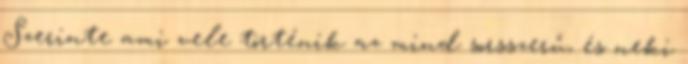
Szerinte ami vele történik az mind sorsszerű, és neki